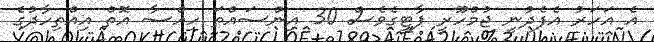
އެ އަހަރު އެފެދުނީ ޖުމްހޫރީ ޕާޓީގެވެސް 30 އިންސައްތަ ހިއްސާ އޮތް އިއްތިހާދުގެ